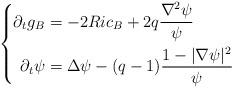
LaTeX: \begin{align*} \left\{ \begin{aligned} \partial_t g_B &= - 2 Ric_B + 2q \frac{ \nabla^2 \psi}{\psi} \\\partial_t \psi &= \Delta \psi - (q-1) \frac{ 1 - | \nabla \psi |^2}{\psi} \\\end{aligned} \right. \end{align*}